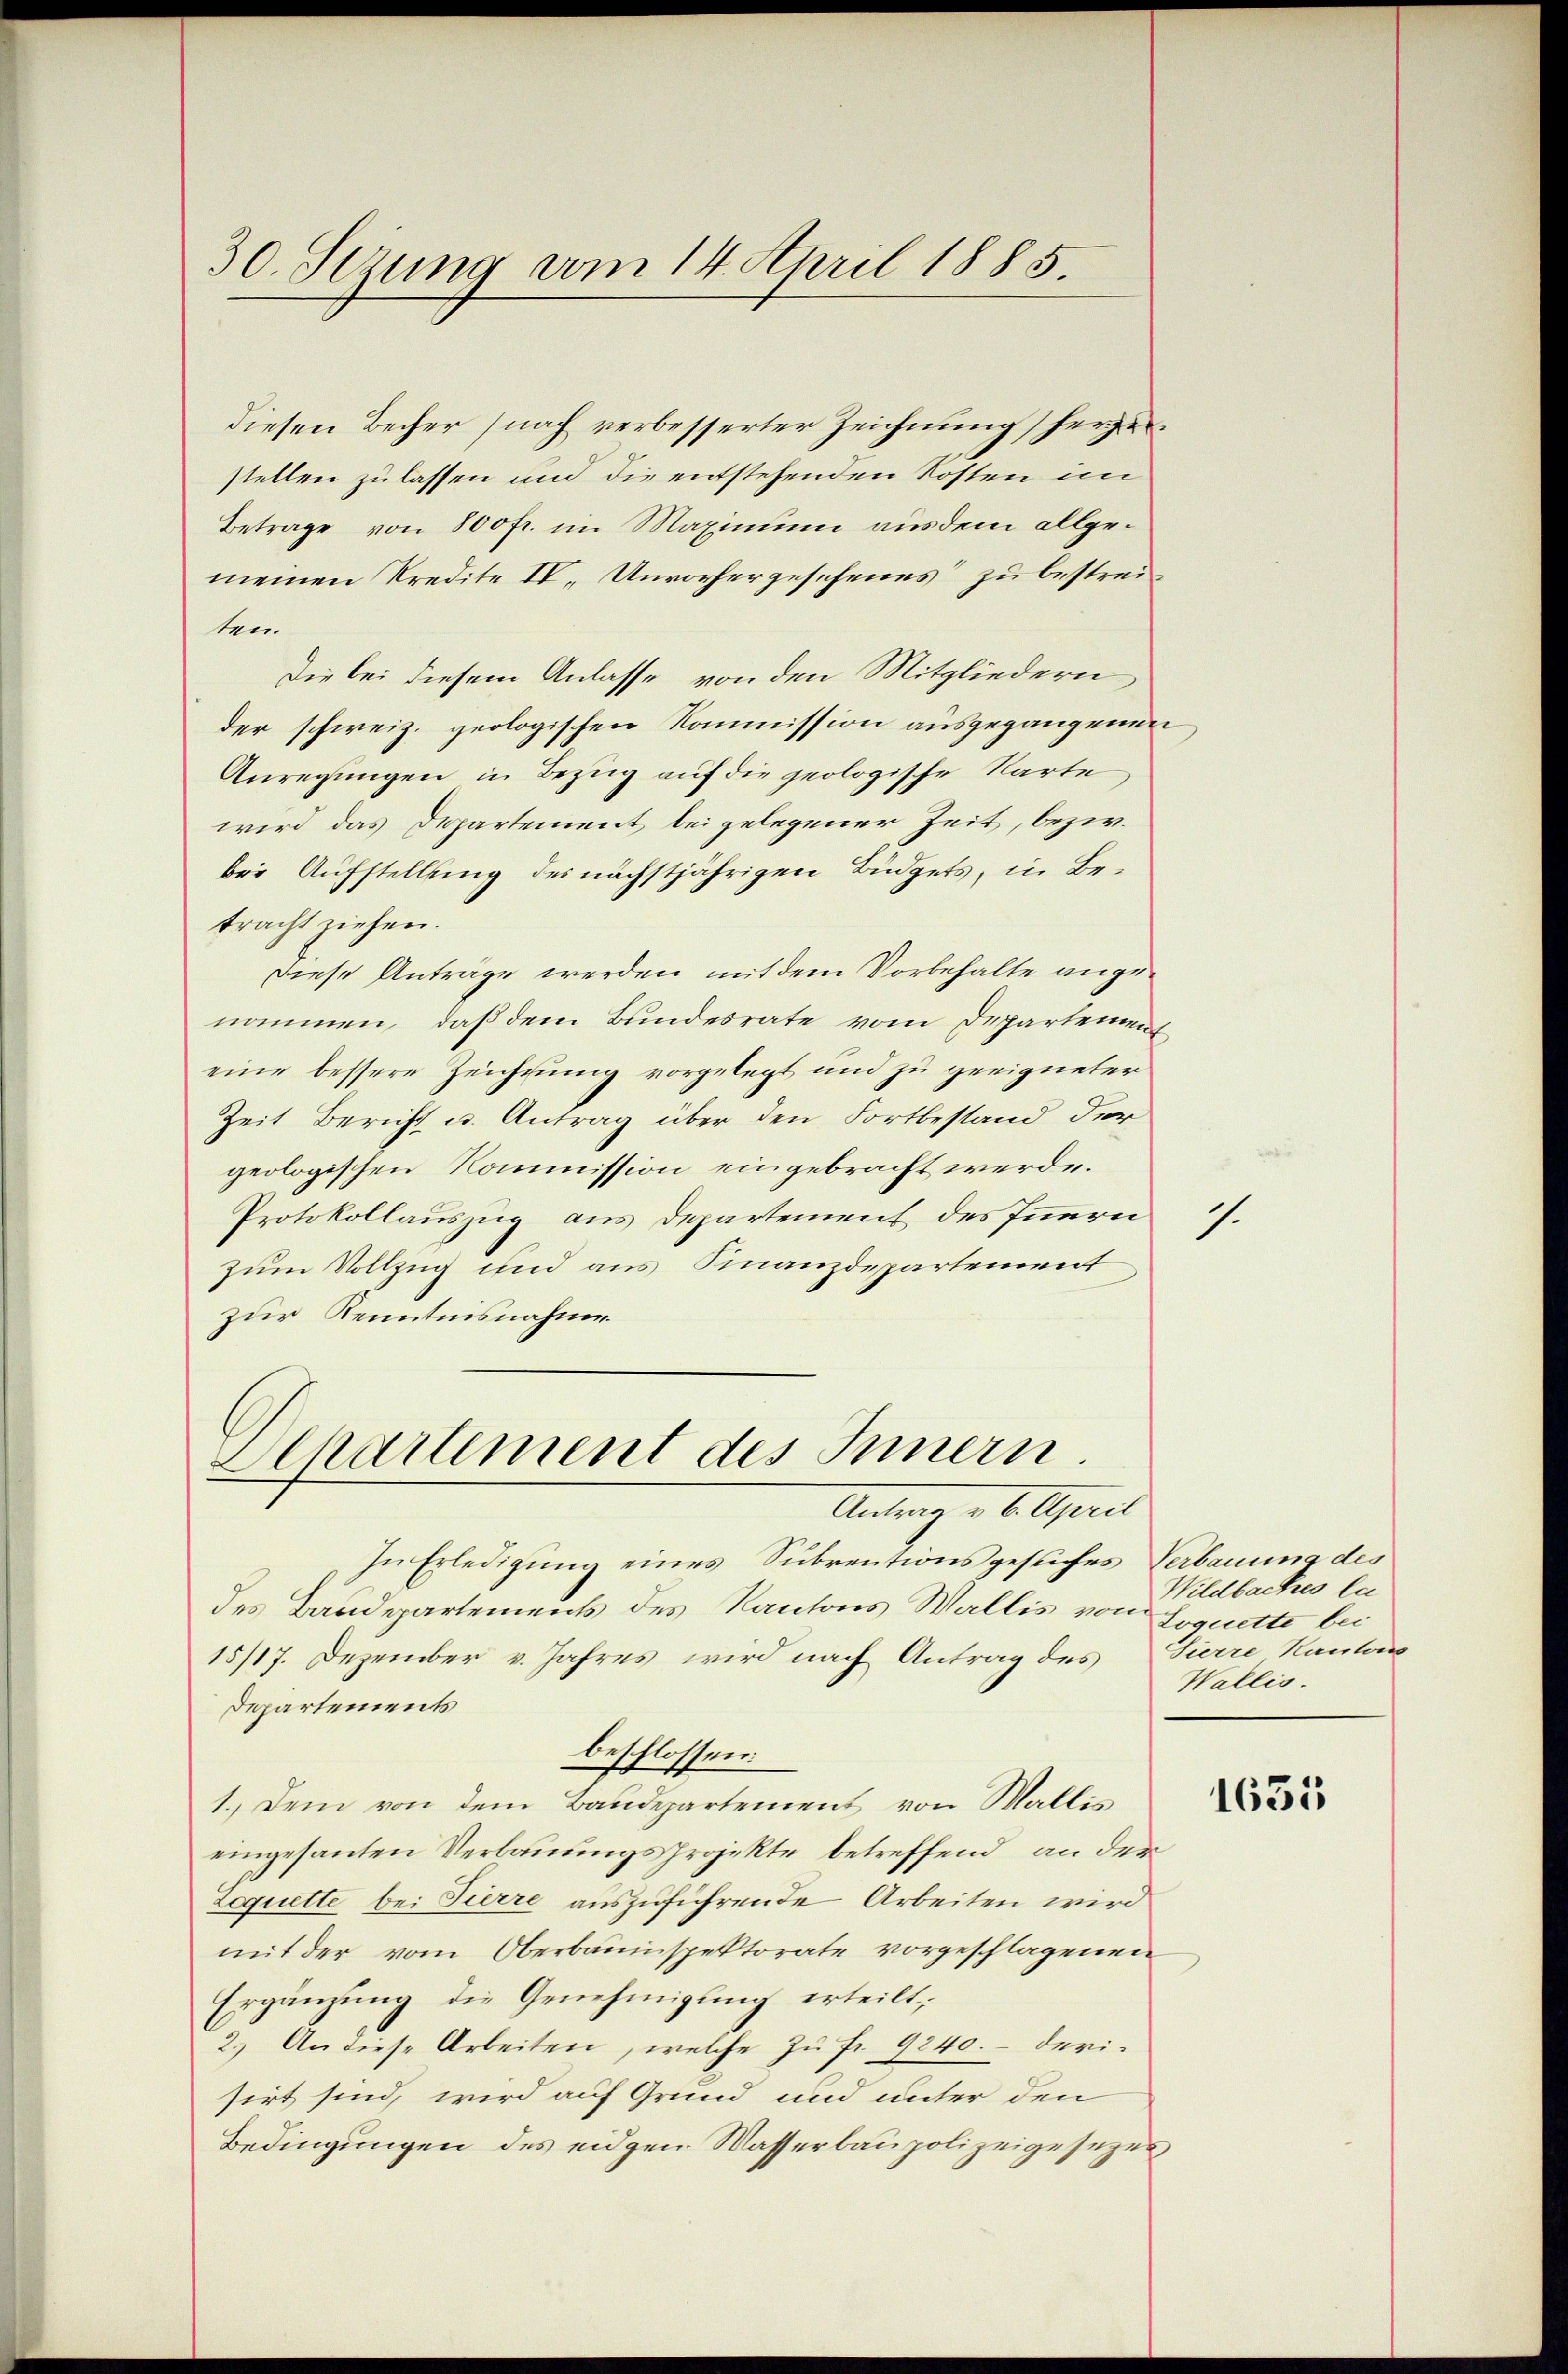
30. Sezung vom 14. April 1885.

diesen Becher (nach verbesserter Zeichnung herze
stellen zu lassen und die entstehenden Kosten im
Betrage von 800fr. im Maximum ausdem allgemeinen Kredite IV. Unvorhergesehenes“ zu bestreiten.
Die bei diesem Anlasse von den Mitgliedern,
der schweiz. geologischen Kommission ausgegangenen
Anregungen in Bezug auf die geologische Karte,
wird das Departement bei gelegener Zeit, bezw.
bei Aufstellung des nächstjährigen Büdgets, in Betracht ziehen.
Diese Anträge werden mit dem Vorbehalte angenommen, daß dem Bundesrate vom Departement
eine bessere Zeichnung vorgelegt und zu geeigneter
Zeit Bericht u. Antrag über den Fortbestand der
geologischen Kommission eingebracht werde.
Protokollauszug aus Departement des Innerei
zum Vollzug und aus Finanzdepartement
zur Kenntnisnahme.

Departement des Innern
Antrag v. 6. April

In Erledigung eines Subrentionsgesuches Verbauung des
des Baudepartements des Kantons Wallis von Sequette bei
15/17. Dezember v. Jahres wird nach Antrag des Tierre Kantons
Departements
beschlossen:
1. Dem von dem Baudepartement von Wallis
eingesanten Verbauungsprojekte betreffend an der
Loquette bei Tierre auszuführende Arbeiten wird
mit der vom Oberbauinspektorate vorgeschlagenen
Ergänzung die Genehmigung erteilt;
2.) An diese Arbeiten, welche zŭ fr. 9240.- deri-
sirt sind, wird auf Grund und unter den
Bedingungen des eidgen. Wasserbaupolizeigesezes

1.

Wildbaches la
Wallis.

1635